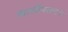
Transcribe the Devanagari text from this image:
कालीपलटन